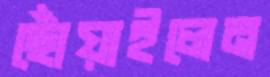
ছোঁয়াইলেন